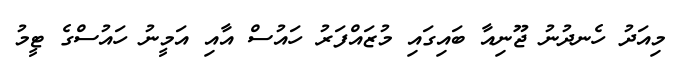
މިއަދު ހެނދުނު ޖޫނިއާ ބައިގައި މުޒައްފަރު ހައުސް އާއި އަމީނު ހައުސްގެ ޓީމު